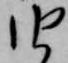
由